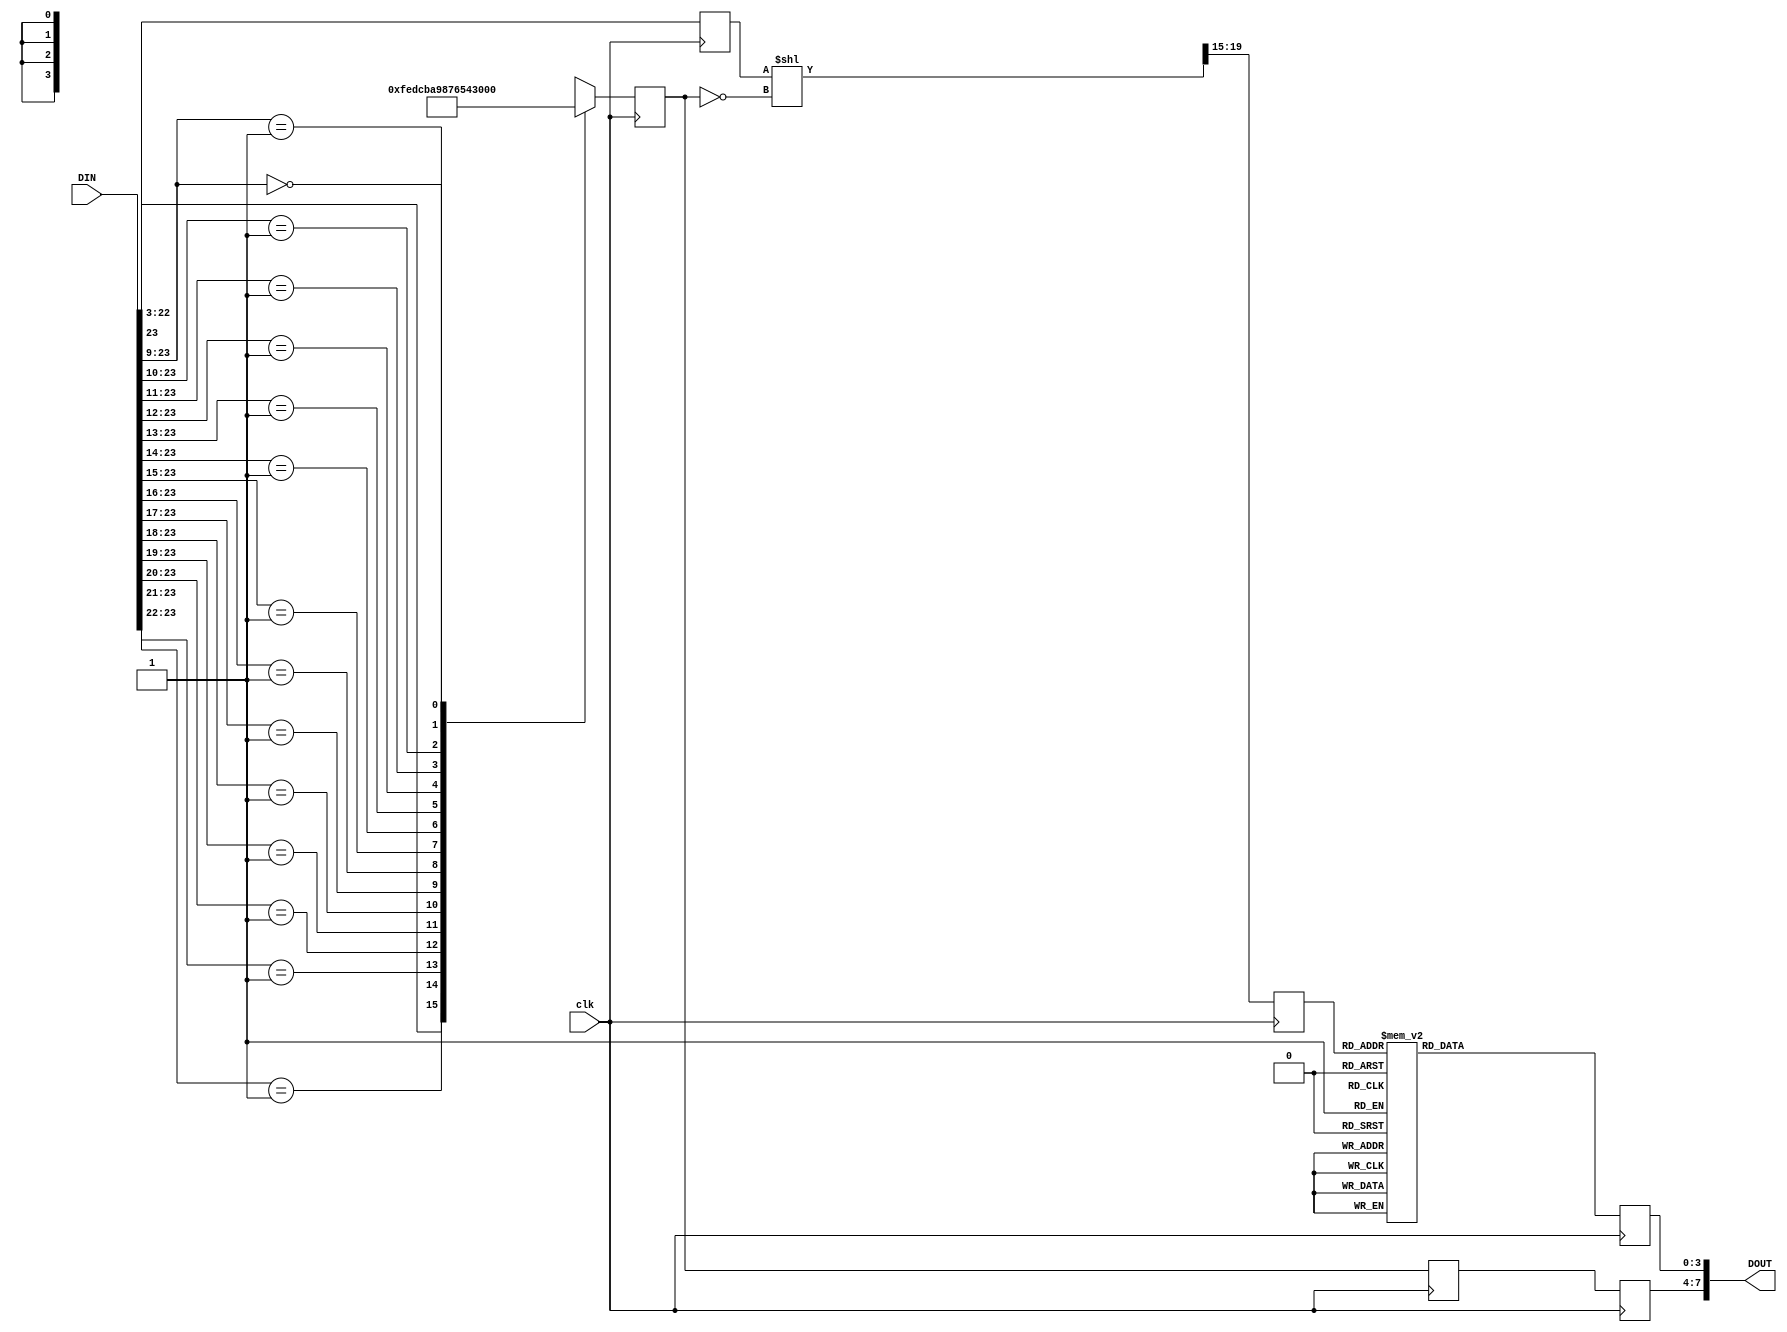
module Log2pipelined

/* 
A fast base-2 logarithm function, 24 bits (21 used) in, 8 bits out.
Designed and coded by: Michael Dunn, http://www.cantares.on.ca/
(more info at the web site - see "Extras")
Executes every cycle, with a latency of 3.

This version has a smallish lookup table, hence, a slightly uneven output.
Valid input range = 000100 - FFFFFF. In effect, there is a binary point:
xxxx.yy. Logs of inputs below 1.00 are negative, and not handled by this design.

License: Free to use & modify, but please keep this header intact.
July 22, 2010, Kitchener, Ontario, Canada
*/

(
	input [23:0]	DIN,
	input			clk,

	output	[7:0]	DOUT
);


// Comprises 3 main blocks: priority encoder, barrel shifter, and LUT

reg	[3:0]	priencout1;
reg	[3:0]	priencout2;
reg	[3:0]	priencout3;
reg	[4:0]	barrelout;
reg	[19:0]	barrelin;
reg	[3:0]	LUTout; 


assign	DOUT	=	{priencout3, LUTout};	// Basic top-level connectivity

always @(posedge clk) 					
begin
	priencout2	<=	priencout1;
	priencout3	<=	priencout2;
	barrelin	<=	DIN[22:3];
end


wire [19:0] tmp1 =	(barrelin << ~priencout1);	// Barrel shifter - OMG, it's a primitive in Verilog!
always @(posedge clk)
begin
	barrelout	<=	tmp1[19:15];
end



wire	[15:0]	priencin = DIN[23:8];

always @(posedge clk)						// Priority encoder

casex (priencin)

	16'b1xxxxxxxxxxxxxxx:	priencout1	<=	15;
	16'b01xxxxxxxxxxxxxx:	priencout1	<=	14;
	16'b001xxxxxxxxxxxxx:	priencout1	<=	13;	
	16'b0001xxxxxxxxxxxx:	priencout1	<=	12;	
	16'b00001xxxxxxxxxxx:	priencout1	<=	11;	
	16'b000001xxxxxxxxxx:	priencout1	<=	10;	
	16'b0000001xxxxxxxxx:	priencout1	<=	9;	
	16'b00000001xxxxxxxx:	priencout1	<=	8;	
	16'b000000001xxxxxxx:	priencout1	<=	7;	
	16'b0000000001xxxxxx:	priencout1	<=	6;	
	16'b00000000001xxxxx:	priencout1	<=	5;	
	16'b000000000001xxxx:	priencout1	<=	4;	
	16'b0000000000001xxx:	priencout1	<=	3;	
	16'b00000000000001xx:	priencout1	<=	2;	
	16'b000000000000001x:	priencout1	<=	1;	
	16'b000000000000000x:	priencout1	<=	0;
	
endcase



/*
LUT for log fraction lookup
 - can be done with array or case:

case (addr)
0:out=0;
.
31:out=15;
endcase

	OR
	
wire [3:0] lut [0:31];
assign lut[0] = 0;
.
assign lut[31] = 15;

Are there any better ways?
*/

// Let's try "case".
// The equation is: output = log2(1+input/32)*16
// For larger tables, better to generate a separate data file using a program!

always @(posedge clk)
case (barrelout)

	0:	LUTout	<=	0;
	1:	LUTout	<=	1;
	2:	LUTout	<=	1;
	3:	LUTout	<=	2;
	4:	LUTout	<=	3;
	5:	LUTout	<=	3;
	6:	LUTout	<=	4;
	7:	LUTout	<=	5;
	8:	LUTout	<=	5;
	9:	LUTout	<=	6;
	10:	LUTout	<=	6;
	11:	LUTout	<=	7;
	12:	LUTout	<=	7;
	13:	LUTout	<=	8;
	14:	LUTout	<=	8;
	15:	LUTout	<=	9;
	16:	LUTout	<=	9;
	17:	LUTout	<=	10;
	18:	LUTout	<=	10;
	19:	LUTout	<=	11;
	20:	LUTout	<=	11;
	21:	LUTout	<=	12;
	22:	LUTout	<=	12;
	23:	LUTout	<=	13;
	24:	LUTout	<=	13;
	25:	LUTout	<=	13;
	26:	LUTout	<=	14;
	27:	LUTout	<=	14;
	28:	LUTout	<=	14;	// calculated value is *slightly* closer to 15, but 14 makes for a smoother curve!
	29:	LUTout	<=	15;
	30:	LUTout	<=	15;
	31:	LUTout	<=	15;

endcase

endmodule